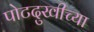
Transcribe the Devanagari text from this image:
पोटदुखीच्या